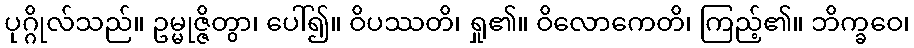
ပုဂ္ဂိုလ်သည်။ ဥမ္မုဇ္ဇိတွာ၊ ပေါ်၍။ ဝိပဿတိ၊ ရှု၏။ ဝိလောကေတိ၊ ကြည့်၏။ ဘိက္ခဝေ၊